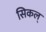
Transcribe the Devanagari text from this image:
सिकल्